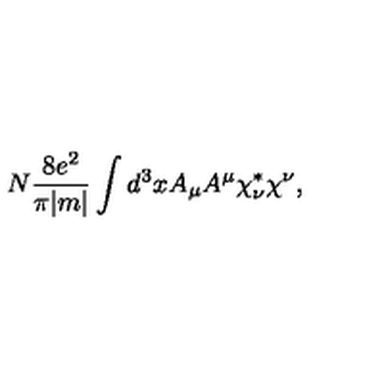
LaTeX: N \frac { 8 e ^ { 2 } } { \pi | m | } \int d ^ { 3 } x A _ { \mu } A ^ { \mu } \chi _ { \nu } ^ { * } \chi ^ { \nu } ,